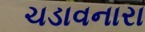
ચડાવનારા